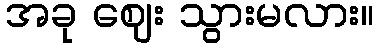
အခု ဈေး သွားမလား။